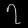
Digit: ၇